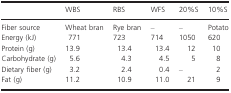
|  | WBS | RBS | WFS | 20%S | 10%S |
 | --- | --- | --- | --- | --- | --- |
 | Fiber source | Wheat bran | Rye bran | – | – | Potato |
 | Energy (kJ) | 771 | 723 | 714 | 1050 | 620 |
 | Protein (g) | 13.9 | 13.4 | 13.4 | 12 | 10 |
 | Carbohydrate (g) | 5.6 | 4.3 | 4.5 | 5 | 8 |
 | Dietary fiber (g) | 3.2 | 2.4 | 0.4 | – | 2 |
 | Fat (g) | 11.2 | 10.9 | 11.0 | 21 | 9 |